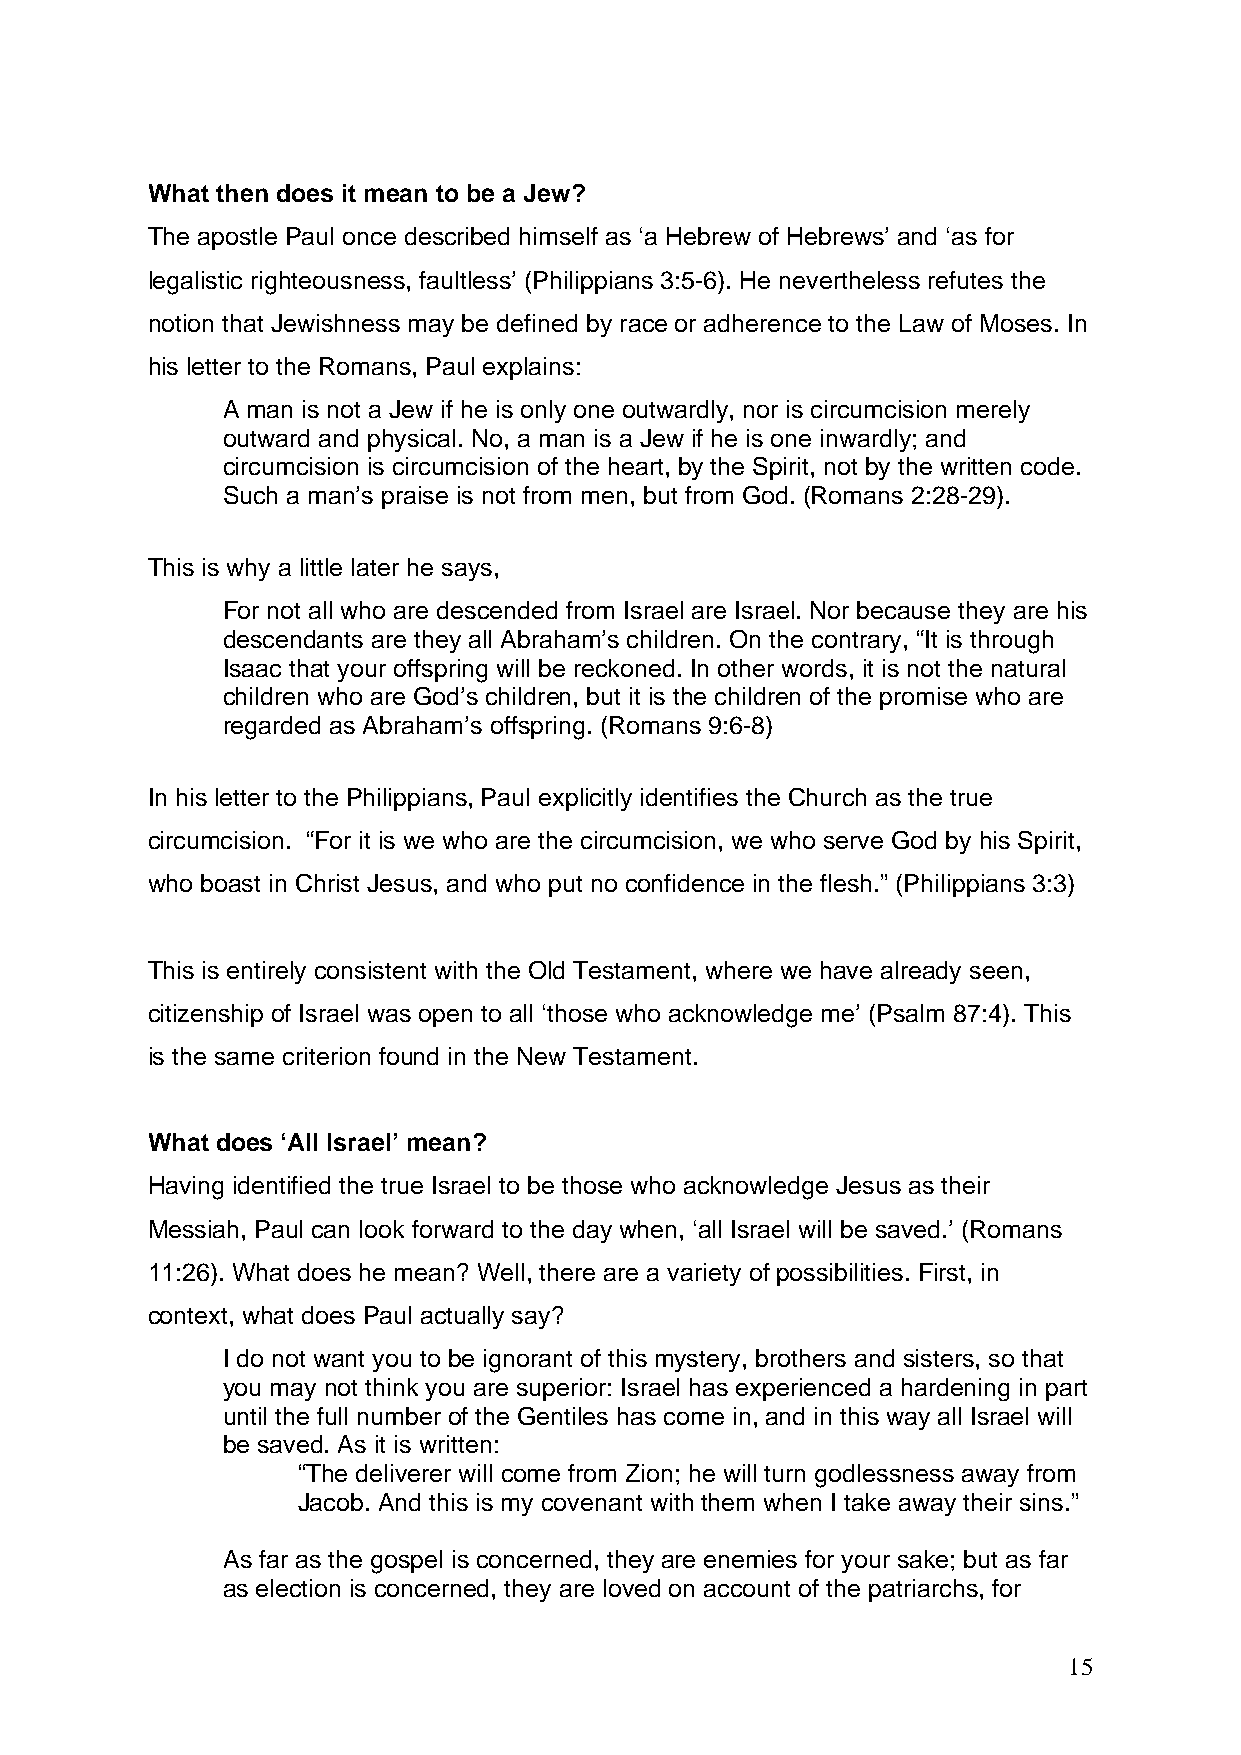
What then does it mean to be a Jew?
 The apostle Paul once described himself as ‘a Hebrew of Hebrews’ and ‘as for
 legalistic righteousness, faultless’ (Philippians 3:5-6). He nevertheless refutes the
 notion that Jewishness may be defined by race or adherence to the Law of Moses. In
 his letter to the Romans, Paul explains:
 A man is not a Jew if he is only one outwardly, nor is circumcision merely
 outward and physical. No, a man is a Jew if he is one inwardly; and
 circumcision is circumcision of the heart, by the Spirit, not by the written code.
 Such a man’s praise is not from men, but from God. (Romans 2:28-29).
 This is why a little later he says,
 For not all who are descended from Israel are Israel. Nor because they are his
 descendants are they all Abraham’s children. On the contrary, “It is through
 Isaac that your offspring will be reckoned. In other words, it is not the natural
 children who are God’s children, but it is the children of the promise who are
 regarded as Abraham’s offspring. (Romans 9:6-8)
 In his letter to the Philippians, Paul explicitly identifies the Church as the true
 circumcision. “For it is we who are the circumcision, we who serve God by his Spirit,
 who boast in Christ Jesus, and who put no confidence in the flesh.” (Philippians 3:3)
 This is entirely consistent with the Old Testament, where we have already seen,
 citizenship of Israel was open to all ‘those who acknowledge me’ (Psalm 87:4). This
 is the same criterion found in the New Testament.
 What does ‘All Israel’ mean?
 Having identified the true Israel to be those who acknowledge Jesus as their
 Messiah, Paul can look forward to the day when, ‘all Israel will be saved.’ (Romans
 11:26). What does he mean? Well, there are a variety of possibilities. First, in
 context, what does Paul actually say?
 I do not want you to be ignorant of this mystery, brothers and sisters, so that
 you may not think you are superior: Israel has experienced a hardening in part
 until the full number of the Gentiles has come in, and in this way all Israel will
 be saved. As it is written:
 “The deliverer will come from Zion; he will turn godlessness away from
 Jacob. And this is my covenant with them when I take away their sins.”
 As far as the gospel is concerned, they are enemies for your sake; but as far
 as election is concerned, they are loved on account of the patriarchs, for
 15